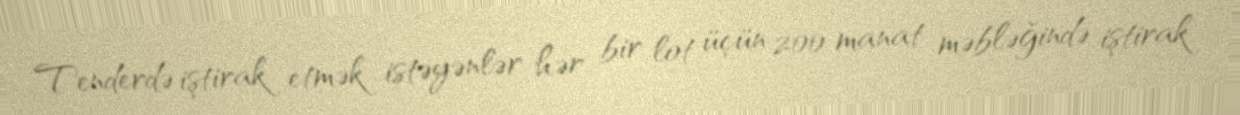
Tenderdə iştirak etmək istəyənlər hər bir lot üçün 200 manat məbləğində iştirak